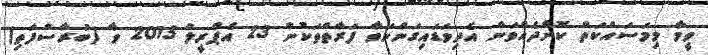
ވީމާ މިމަސައްކަތް ކޮށްދެއްވަން އެދިވަޑައިގަންނަވާ ފަރާތްތަކުން 23 އެޕްރީލް 2015 ވާ (ބުރާސްފަތި)